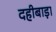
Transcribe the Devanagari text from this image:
दहीबाड़ा